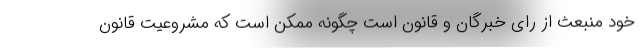
خود منبعث از رای خبرگان و قانون است چگونه ممکن است که مشروعیت قانون